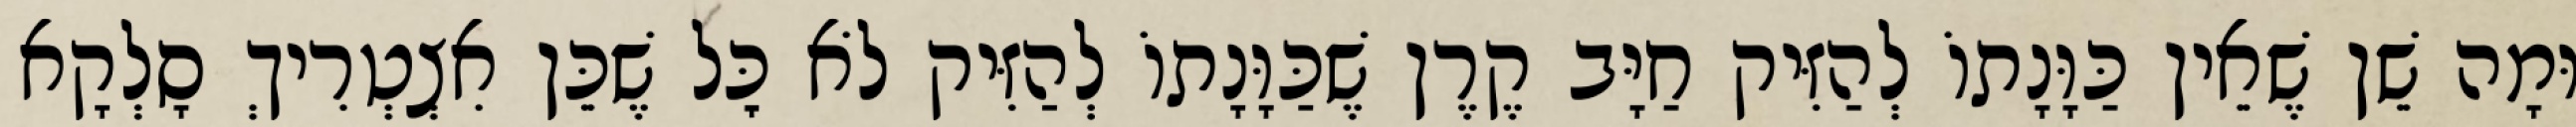
וּמָה שֵׁן שֶׁאֵין כַּוָּנָתוֹ לְהַזִּיק חַיָּב קֶרֶן שֶׁכַּוָּנָתוֹ לְהַזִּיק לֹא כׇּל שֶׁכֵּן אִצְטְרִיךְ סָלְקָא